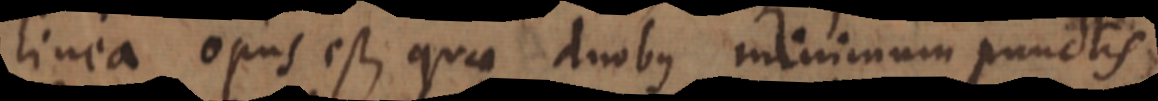
linea opus est, quae duobus minimum punctis